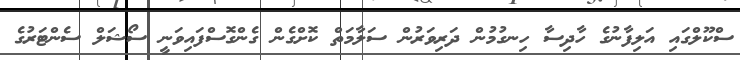
ސްކޫލްގައި އަލިފާނުގެ ހާދިސާ ހިނގުމުން ދަރިވަރުން ސަލާމަތް ކޮށްގެން ގެންގޮސްފައިވަނީ ސޯޝަލް ސެންޓަރުގެ